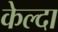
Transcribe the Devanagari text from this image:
केल्दा